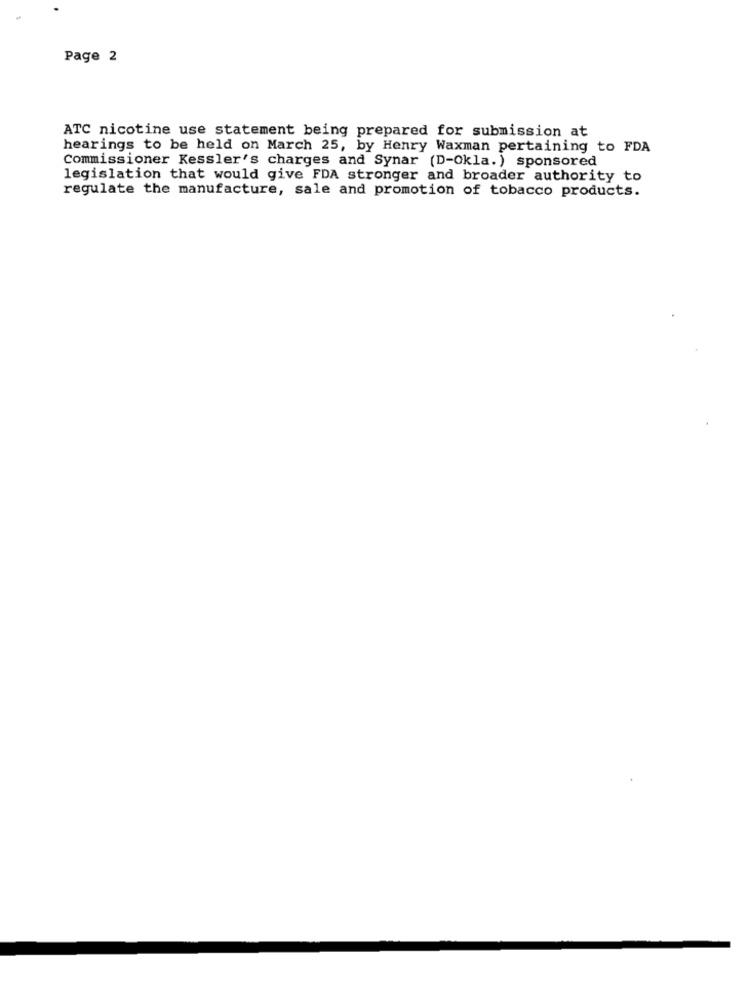
Page 2
ATC nicotine use statement being prepared for submission at
hearings to be held on March 25, by Henry Waxman pertaining to FDA
Commissioner Kessler's charges and Synar (D-Okla. ) sponsored
legislation that would give FDA stronger and broader authority to
regulate the manufacture, sale and promotion of tobacco products.